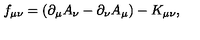
f _ { \mu \nu } = ( \partial _ { \mu } A _ { \nu } - \partial _ { \nu } A _ { \mu } ) - K _ { \mu \nu } ,